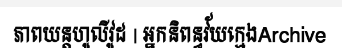
ភាពយន្តហូលីវូដ | អ្នកនិពន្ធវ័យក្មេងArchive